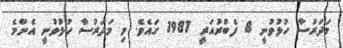
މަދަރުސާ ހުޅުވުނީ 8 ފެބްރުއަރީ 1987 ގައެވެ. މި މަދަރުސާ ހުޅުވުނީ އެންމެ